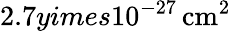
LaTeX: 2.7yimes10^{-27}\, \mathrm{cm^{2}}